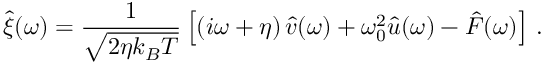
\hat { \xi } ( \omega ) = \frac { 1 } { \sqrt { 2 \eta k _ { B } T } } \left[ \left( i \omega + \eta \right) \hat { v } ( \omega ) + \omega _ { 0 } ^ { 2 } \hat { u } ( \omega ) - \hat { F } ( \omega ) \right] \, .